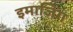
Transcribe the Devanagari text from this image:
इमाजिंग